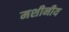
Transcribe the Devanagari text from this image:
मशीनीय